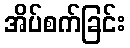
အိပ်စက်ခြင်း